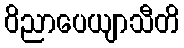
ဝိညာပေယျာသီတိ